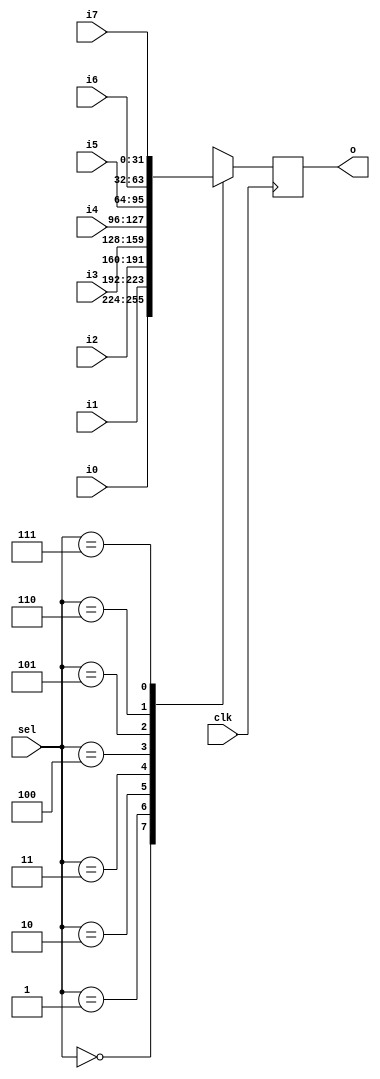
`timescale 1ns / 1ps
//////////////////////////////////////////////////////////////////////////////////
// Company: 
// Engineer: 
// 
// Design Name: 
// Module Name: prio_mux8
// Project Name: 
// Target Devices: 
// Tool Versions: 
// Description: 
// 
// Dependencies: 
// 
// Revision:
// Revision 0.01 - File Created
// Additional Comments:
// 
//////////////////////////////////////////////////////////////////////////////////


module prio_mux8
 #(
  parameter WIDTH = 32
)
(
   input clk,
   input [4:0] sel,
   input [WIDTH-1:0] i0,
   input [WIDTH-1:0] i1,
   input [WIDTH-1:0] i2,
   input [WIDTH-1:0] i3,
   input [WIDTH-1:0] i4,
   input [WIDTH-1:0] i5,
   input [WIDTH-1:0] i6,
   input [WIDTH-1:0] i7,
   
   output reg [WIDTH-1:0] o
   );
   
   always @(posedge clk) begin
     case(sel)
       5'b00000: o <= i0;
       5'b00001: o <= i1;
       5'b00010: o <= i2;
       5'b00011: o <= i3;
       5'b00100: o <= i4;
       5'b00101: o <= i5;
       5'b00110: o <= i6;
       5'b00111: o <= i7;
       default: o <= 32'hxxxxxxxx;
     endcase
   end

endmodule